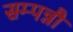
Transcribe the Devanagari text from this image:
सम्पन्नौ